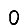
Digit: 0